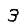
Digit: 3